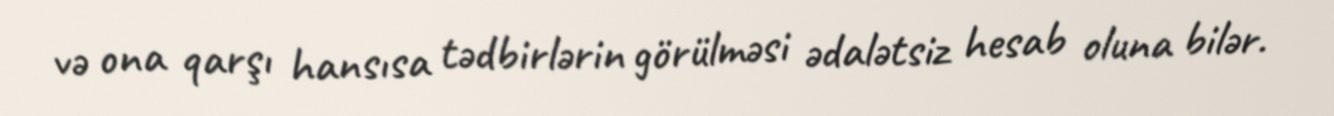
və ona qarşı hansısa tədbirlərin görülməsi ədalətsiz hesab oluna bilər.